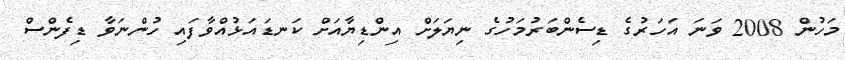
މަހުން 2008 ވަނަ އަހަރުގެ ޑިސެންބަރުމަހުގެ ނިޔަލަށް އިންޑިޔާއަށް ކަނޑައަޅުއްވާފައި ހުންނަވާ ޑިފެންސް